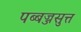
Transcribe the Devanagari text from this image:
पब्बज्जसुत्त